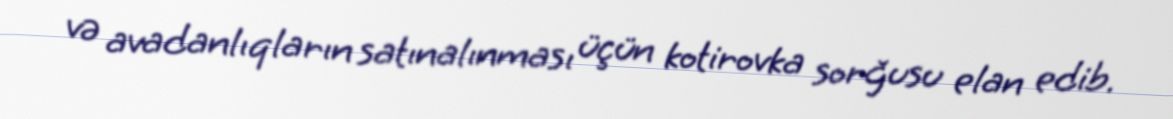
və avadanlıqların satınalınması üçün kotirovka sorğusu elan edib.